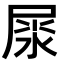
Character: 𡲘